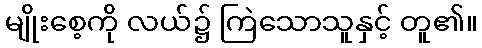
မျိုးစေ့ကို လယ်၌ ကြဲသောသူနှင့် တူ၏။